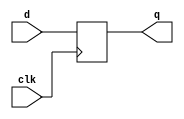
module regn #(parameter width=32) (input clk,input [width-1:0] d,
		output reg [width-1:0] q);

always @(posedge clk)
begin
	q <= d;
end
endmodule